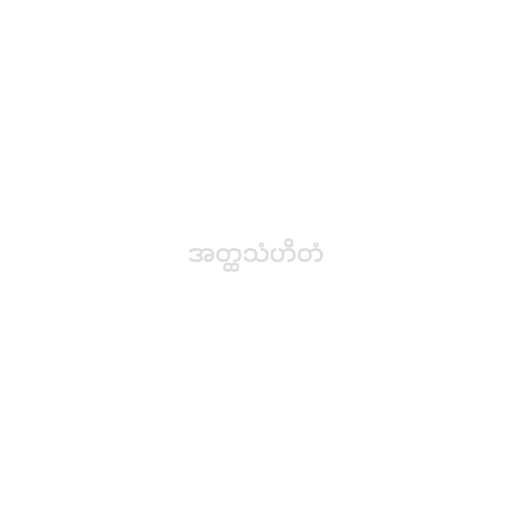
အတ္ထသံဟိတံ